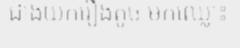
ជាងយករឿងតូច មកឈ្លោះ